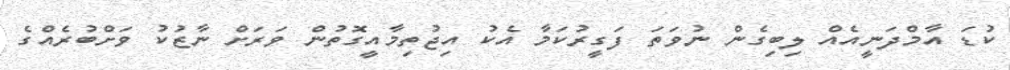
ކުޑަ އާމްދަނީއެއް ލިބިގެން ނުވަތަ ފަގީރުކަމާ އެކު އިޖުތިމާއީގޮތުން ވަރަށް ނާޒުކު ވަށްބުރެއްގެ